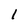
Character: 1